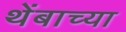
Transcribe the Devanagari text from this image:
थेंबाच्या